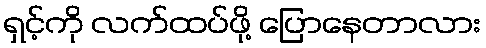
ရှင့်ကို လက်ထပ်ဖို့ ပြောနေတာလား